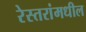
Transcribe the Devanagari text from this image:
रेस्तरांमधील